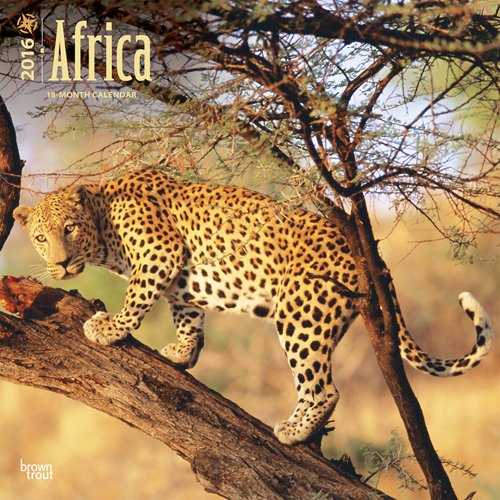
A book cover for Africa 2016 Square 12x12 (Multilingual Edition); Browntrout Publishers; Calendars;